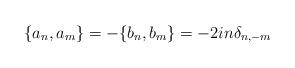
LaTeX: \begin{align*}\{a_n,a_m\}=-\{b_n,b_m\}=-2in{\delta}_{n,-m}\end{align*}